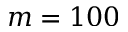
m = 1 0 0